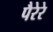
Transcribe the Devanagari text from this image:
पैरेरे